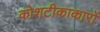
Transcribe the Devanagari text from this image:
कोशटीकाकारों